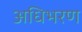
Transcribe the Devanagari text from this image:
अधिभरण